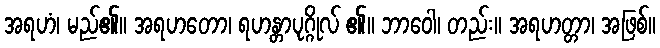
အရဟံ၊ မည်၏။ အရဟတော၊ ရဟန္တာပုဂ္ဂိုလ် ၏။ ဘာဝေါ၊ တည်း။ အရဟတ္တာ၊ အဖြစ်။